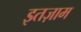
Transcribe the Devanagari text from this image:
इतज़ाम